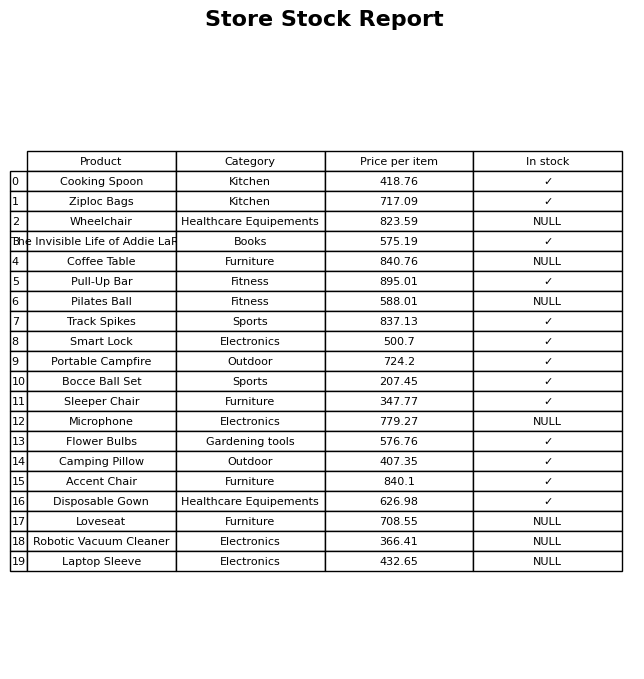
question: Which products are currently out of stock?
answer: Wheelchair, Coffee Table, Pilates Ball, Microphone, Loveseat, Robotic Vacuum Cleaner, Laptop Sleeve